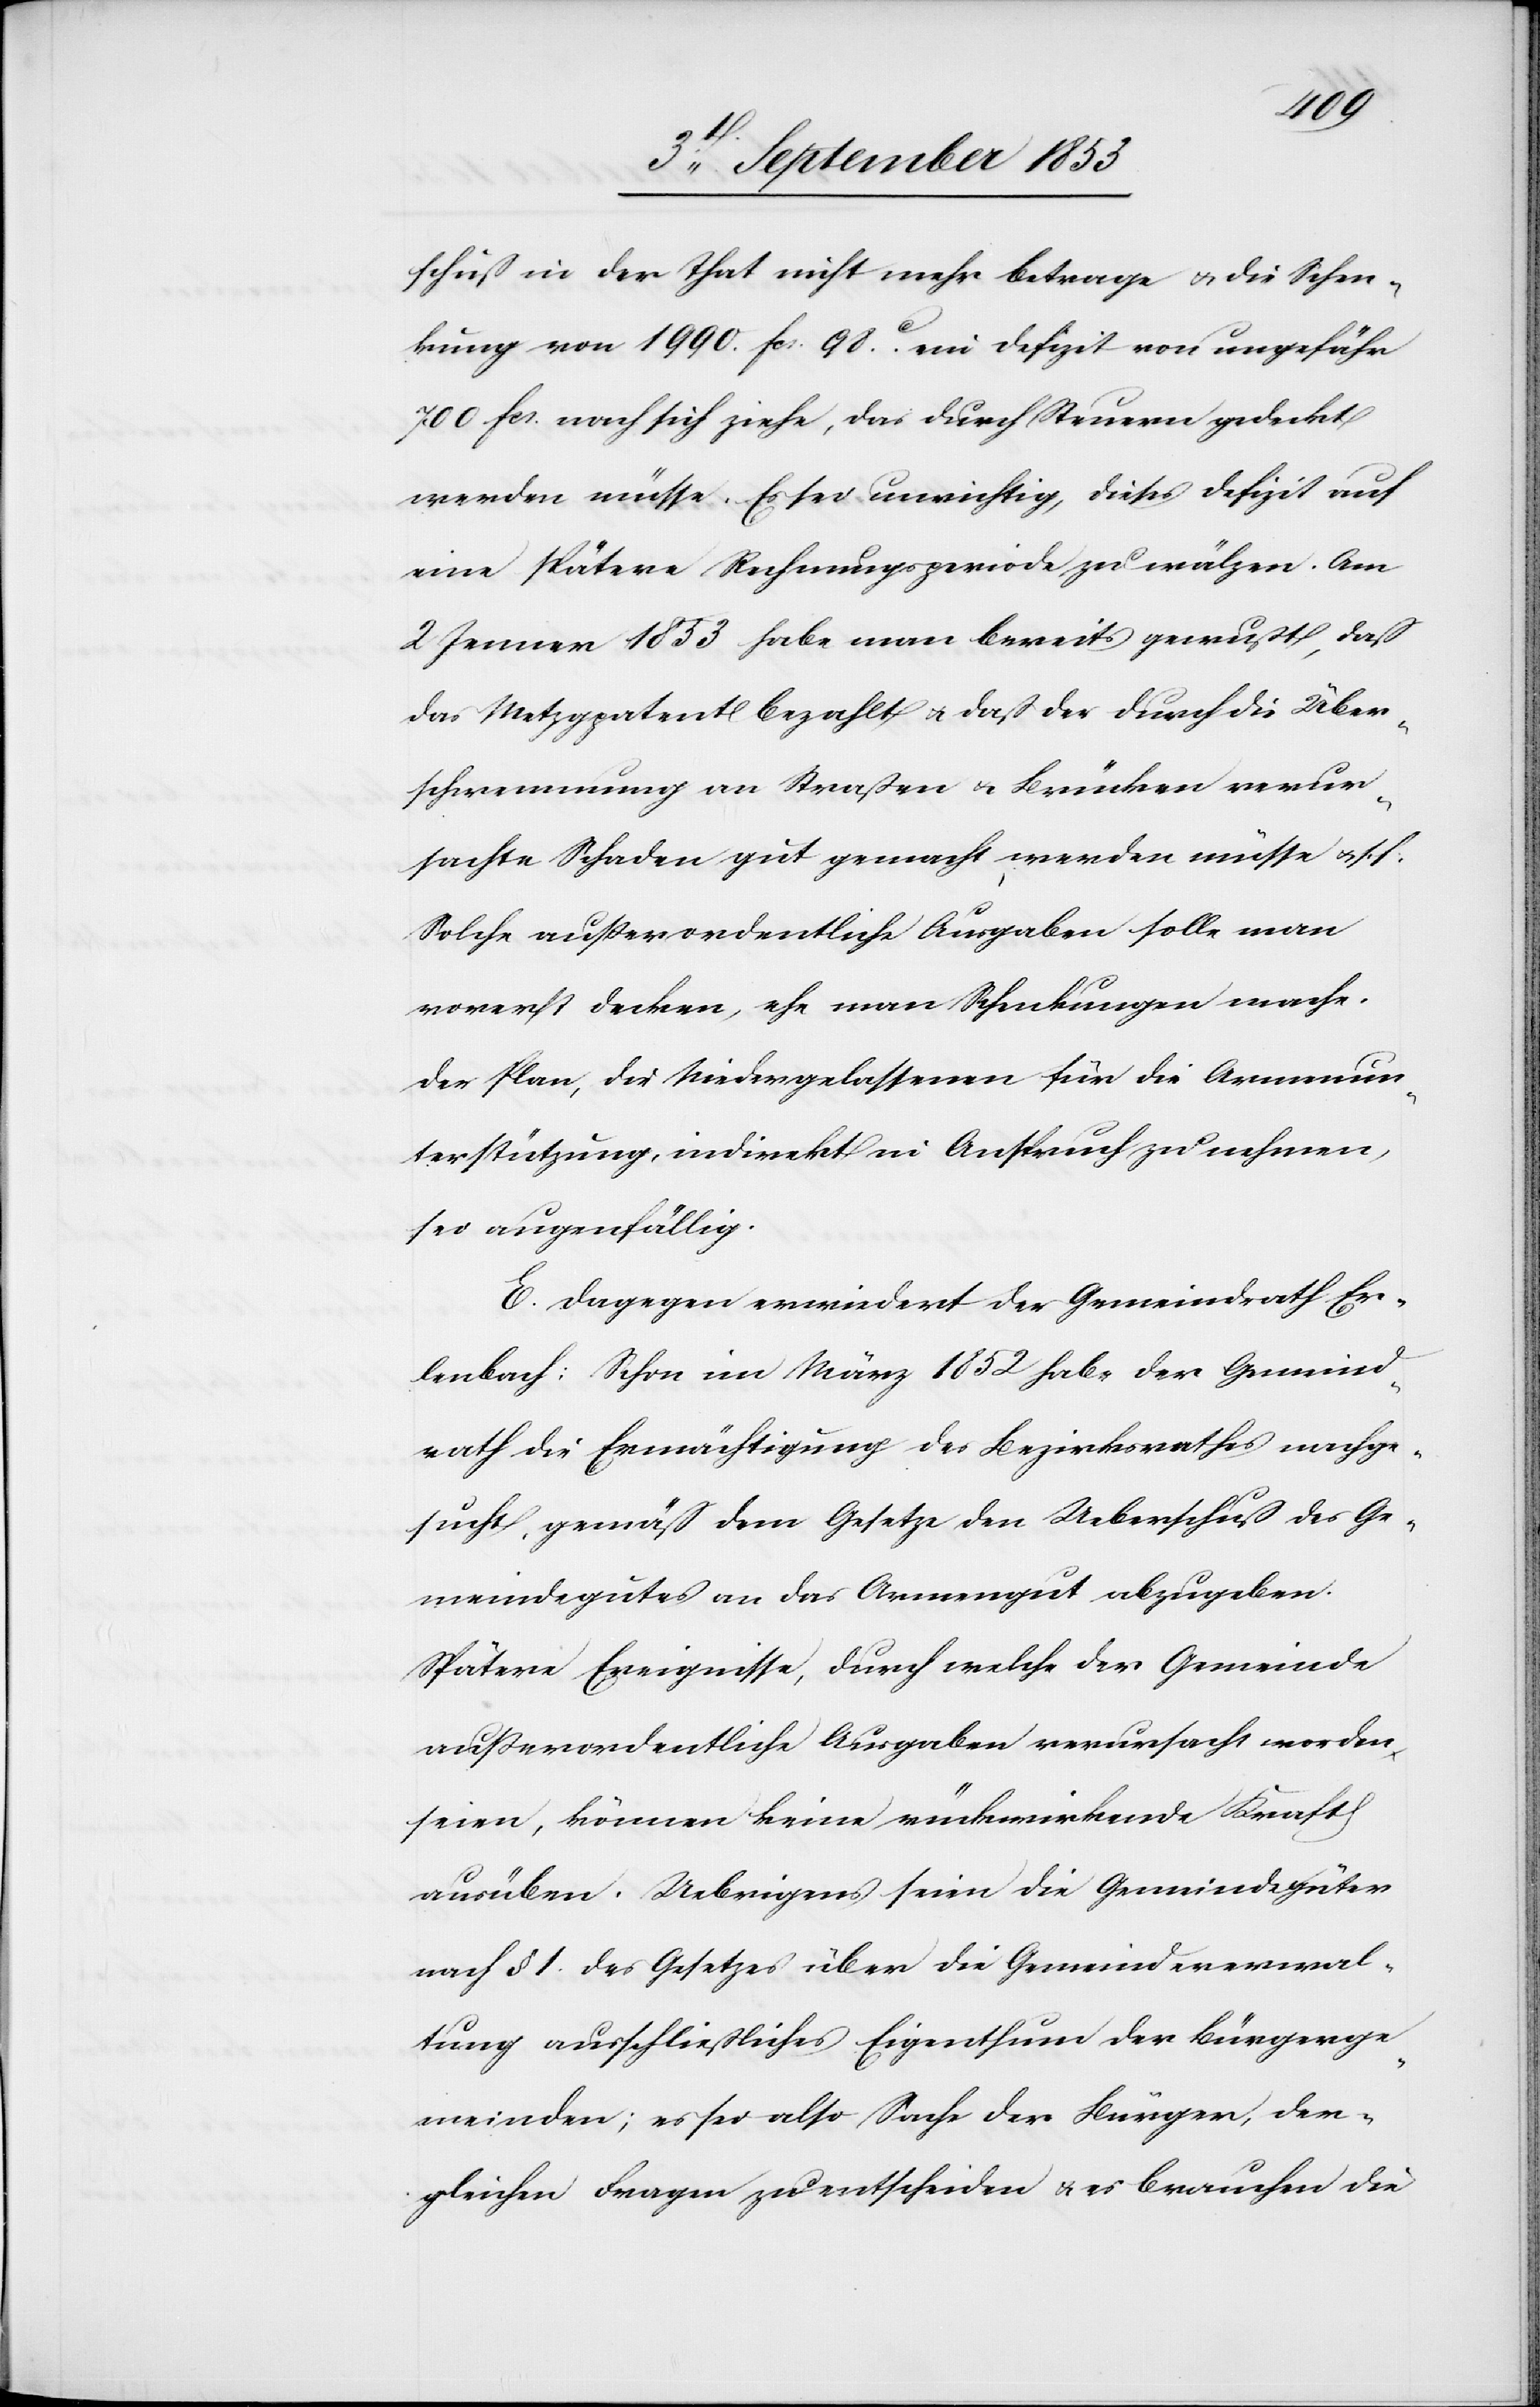
schuß in der That nicht mehr betrage u. die Schen¬
kung von 1990. fcs. 98c ein Defizit von ungefähr
700 fcs. nach sich ziehe, das durch Steuern gedeckt
werden müsse. Es sei unrichtig, dieses Defizit auf
eine spätere Rechnungsperiode zu wälzen. Am
2 Jenner 1853 habe man bereits gewußt, daß
das Metzgpatent bezahlt u. daß der durch die Über¬
schwemmung von Straßen u. Brücken verur¬
sachte Schaden gut gemacht werden müsse u. s. f.
Solche außerordentliche Ausgaben solle man
vorerst decken, ehe man Schenkungen mache.
Der Plan, die Niedergelassenen für die Armenun¬
terstützung, indirekt in Anspruch zu nehmen,
sei augenfällig.
E. Dagegen erwiedert der Gemeindrath Er¬
lenbach: Schon im März 1852 habe der Gemeind¬
rath die Ermächtigung des Bezirksrathes nachge¬
sucht, gemäß dem Gesetze den Ueberschuß des Ge¬
meindgutes an das Armengut abzugeben.
Spätere Ereignisse, durch welche der Gemeinde
außerordentliche Ausgaben verursacht worden
seien, können keine rückwirkende Kraft
ausüben. Uebrigens seien die Gemeindgüter
nach § 1 des Gesetzes über die Gemeindeverwal¬
tung ausschließliches Eigenthum der Bürgerge¬
meinden; es sei also Sache der Bürgen, der¬
gleichen Fragen zu entscheiden, u. es brauchen die